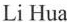
Li Hua